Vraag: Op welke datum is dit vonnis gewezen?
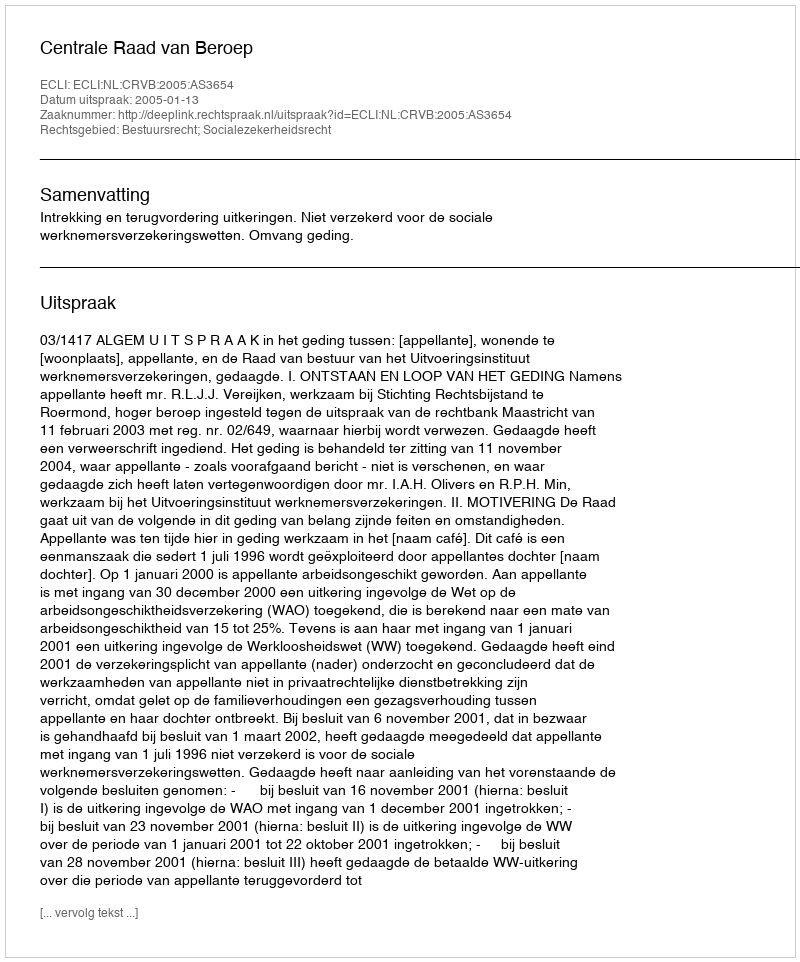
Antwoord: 2005-01-13